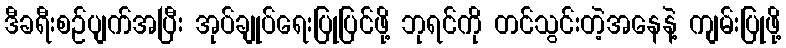
ဒီခရီးစဉ်ပျက်အပြီး အုပ်ချုပ်ရေးပြုပြင်ဖို့ ဘုရင်ကို တင်သွင်းတဲ့အနေနဲ့ ကျမ်းပြုဖို့